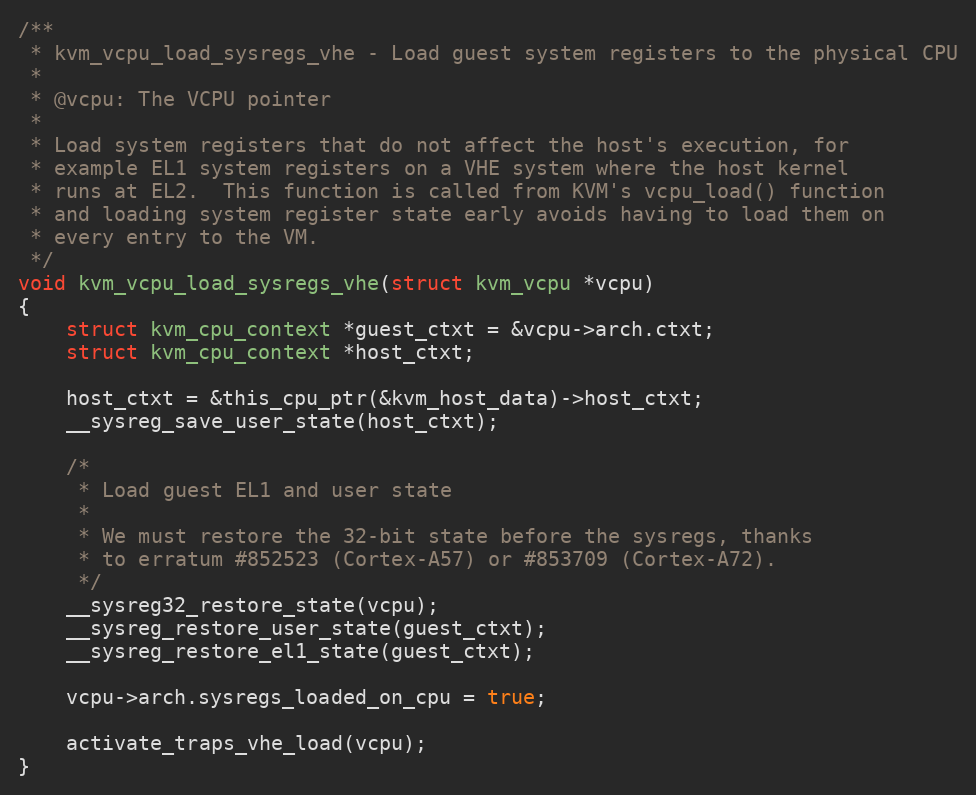
Language: C
/**
 * kvm_vcpu_load_sysregs_vhe - Load guest system registers to the physical CPU
 *
 * @vcpu: The VCPU pointer
 *
 * Load system registers that do not affect the host's execution, for
 * example EL1 system registers on a VHE system where the host kernel
 * runs at EL2.  This function is called from KVM's vcpu_load() function
 * and loading system register state early avoids having to load them on
 * every entry to the VM.
 */
void kvm_vcpu_load_sysregs_vhe(struct kvm_vcpu *vcpu)
{
	struct kvm_cpu_context *guest_ctxt = &vcpu->arch.ctxt;
	struct kvm_cpu_context *host_ctxt;

	host_ctxt = &this_cpu_ptr(&kvm_host_data)->host_ctxt;
	__sysreg_save_user_state(host_ctxt);

	/*
	 * Load guest EL1 and user state
	 *
	 * We must restore the 32-bit state before the sysregs, thanks
	 * to erratum #852523 (Cortex-A57) or #853709 (Cortex-A72).
	 */
	__sysreg32_restore_state(vcpu);
	__sysreg_restore_user_state(guest_ctxt);
	__sysreg_restore_el1_state(guest_ctxt);

	vcpu->arch.sysregs_loaded_on_cpu = true;

	activate_traps_vhe_load(vcpu);
}